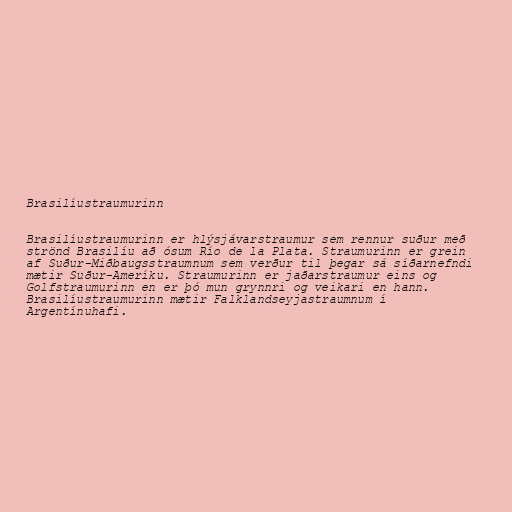
Brasilíustraumurinn

Brasilíustraumurinn er hlýsjávarstraumur sem rennur suður með
strönd Brasilíu að ósum Río de la Plata. Straumurinn er grein
af Suður-Miðbaugsstraumnum sem verður til þegar sá síðarnefndi
mætir Suður-Ameríku. Straumurinn er jaðarstraumur eins og
Golfstraumurinn en er þó mun grynnri og veikari en hann.
Brasilíustraumurinn mætir Falklandseyjastraumnum í
Argentínuhafi.